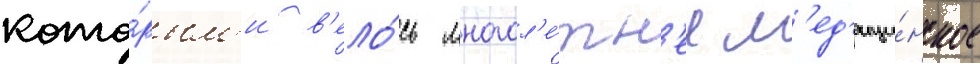
кото́рым'и в'ело́сь многол'е́тн'ее м'ед'ици́нское